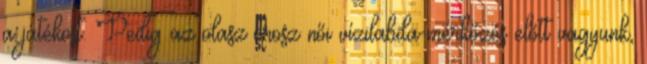
a játékost. Pedig az olasz–orosz női vízilabda-mérkőzés előtt vagyunk,